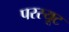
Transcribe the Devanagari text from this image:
परस्यूट